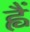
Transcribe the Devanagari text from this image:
ह्वैं